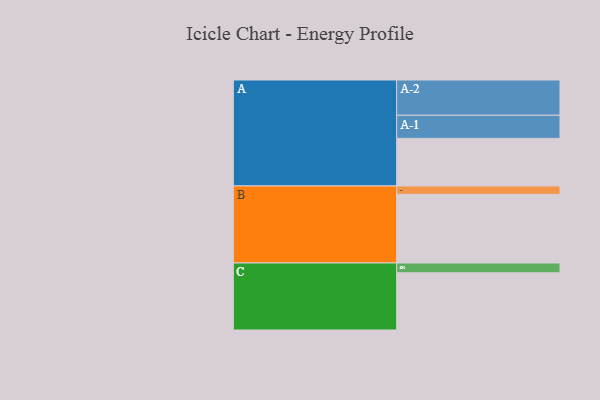
{"axis": {"x": "Segment", "y": "Value"}, "legend": ["", "A", "B", "C"], "data": [{"x": "A", "y": 370, "type": ""}, {"x": "B", "y": 534, "type": ""}, {"x": "C", "y": 445, "type": ""}, {"x": "A-1", "y": 180, "type": "A"}, {"x": "A-2", "y": 274, "type": "A"}, {"x": "B-1", "y": 65, "type": "B"}, {"x": "C-1", "y": 76, "type": "C"}]}